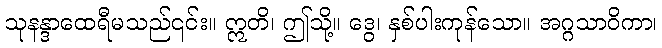
သုနန္ဒာထေရီမသည်၎င်း။ ဣတိ၊ ဤသို့။ ဒွေ၊ နှစ်ပါးကုန်သော။ အဂ္ဂသာဝိကာ၊